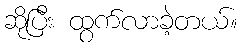
ဆိုပြီး ထွက်လာခဲ့တယ်။